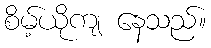
စိမ့်ယိုကျ နေသည်။